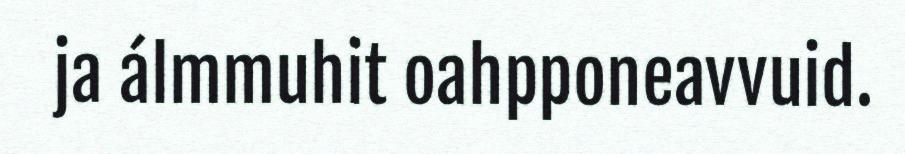
ja álmmuhit oahpponeavvuid.